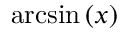
\arcsin \left( x \right)